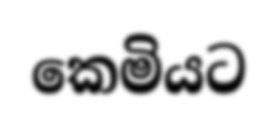
කෙමියට